Annual administration report of the Civil Veterinary Department of India - 1898-1899
Year: 1898
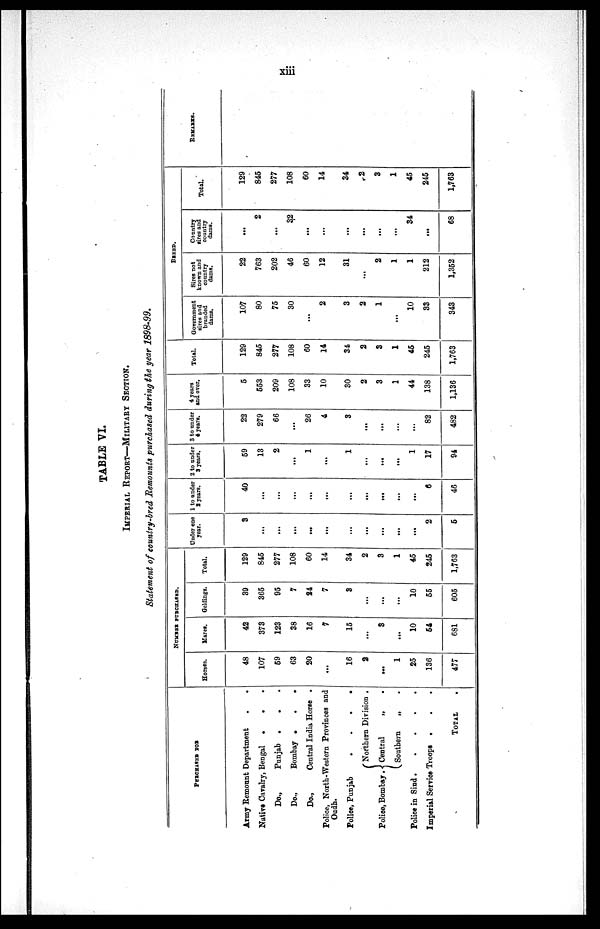
xiii
TABLE VI.
IMPERIAL REPORT—MILITARY SECTION.
Statement of country-bred Remounts purchased during the year 1898-99.
PURCHASED FOR
Army Remount Department . .
Native Cavalry, Bengal . . .
Do.,
Punjab . . .
Do.,
Bombay
.
.
.
Do.,
Central India Horse .
Police, North-Western Provinces and
Oudh.
Police, Punjab
.
.
.
.
Police, Bombay.
Northern Division .
Central „ .
Southern
„ .
Police in Sind
.
.
.
.
.
Imperial Service Troops
.
.
.
TOTAL .
NUMBER PURCHASED.
Horses.
48
107
69
63
20
...
16
2
...
1
25
136
477
Mares.
42
373
123
38
16
7
15
...
3
...
10
64
681
Geldings.
39
365
95
7
84
7
3
...
...
...
10
55
605
Total.
129
845
277
108
60
14
34
2
3
1
45
245
1,763
Under one
year.
3
...
...
...
...
...
...
...
...
...
...
2
5
1 to under
8 years.
40
...
...
...
...
...
...
...
...
...
...
6
46
2 to under
3 years.
59
13
2
...
1
...
1
...
...
...
1
17
94
3 to under
4 years.
22
279
66
...
26
4
3
...
...
...
...
82
482
4 years
and over.
5
553
209
108
33
10
30
2
3
1
44
138
1,136
Total.
129
845
277
108
60
14
34
2
3
1
45
245
1,763
BREED.
Government
sires and
branded
dams.
107
80
75
30
...
2
3
2
1
...
10
3
343
Sires not
known and
country
dams.
22
763
202
46
60
12
31
...
2
1
1
212
1,352
Country
sires and
country
dams.
...
2
...
32
...
...
...
...
...
...
34
...
68
Total.
129
845
277
108
60
14
34
2
3
1
45
245
1,763
REMARKS.